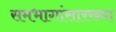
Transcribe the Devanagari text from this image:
समभागांसारख्या